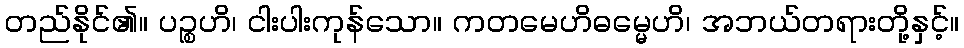
တည်နိုင်၏။ ပဉ္စဟိ၊ ငါးပါးကုန်သော။ ကတမေဟိဓမ္မေဟိ၊ အဘယ်တရားတို့နှင့်။